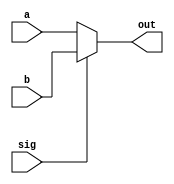
module mux
#(parameter WIDTH = 32)
(
    input sig,
    input [(WIDTH - 1):0] a,
    input [(WIDTH - 1):0] b,
    output [(WIDTH - 1):0] out
    );
    
assign out = sig ? b : a;

endmodule